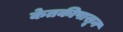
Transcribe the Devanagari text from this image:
केतकीपासून